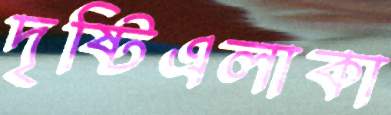
দৃষ্টিএলাকা